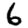
Digit: 6